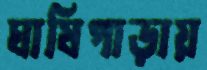
ঘাষিপাড়ায়